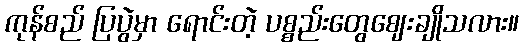
ကုန်စည် ပြပွဲမှာ ရောင်းတဲ့ ပစ္စည်းတွေဈေးချိုသလား။